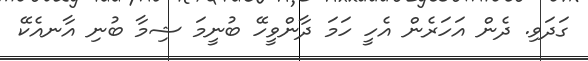
ގަދަވި. ދެން އަހަރެން އެހީ ހަމަ ދާންވީހޭ ބުނީމަ ޝިމާ ބުނި އާނއެކޭ